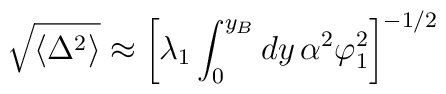
\sqrt{\langle \Delta^2\rangle} \approx  \left[\lambda_1      \int_0^{y_B} dy\, \alpha^2 \varphi_1^2\right]^{-1/2}